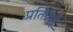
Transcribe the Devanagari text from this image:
प्रतिप्रभू